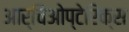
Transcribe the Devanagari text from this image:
आर्चिओप्टेरिक्स